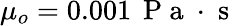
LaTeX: \mu_{o}=0.001\, \mathrm{~P~a~}\cdot\mathrm{~s~}